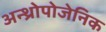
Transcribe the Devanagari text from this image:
अन्थ्रोपोजेनिक